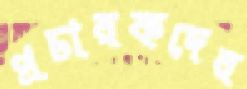
প্রচারকদের